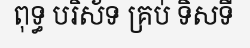
ពុទ្ធ បរិស័ទ គ្រប់ ទិសទី